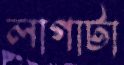
লাগাটা